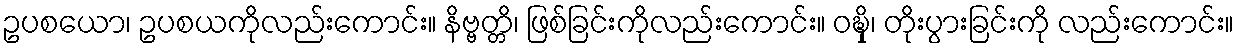
ဥပစယော၊ ဥပစယကိုလည်းကောင်း။ နိဗ္ဗတ္တိ၊ ဖြစ်ခြင်းကိုလည်းကောင်း။ ဝဍ္ဎှိ၊ တိုးပွားခြင်းကို လည်းကောင်း။